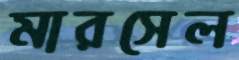
মারসেল